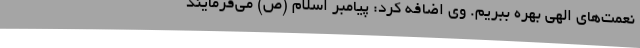
نعمت‌های الهی بهره ببریم. وی اضافه کرد: پیامبر اسلام (ص) می‌فرمایند